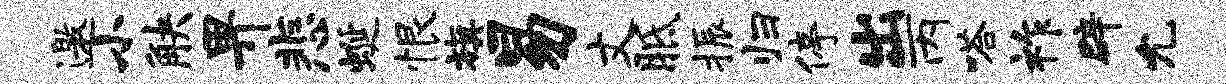
邀小觖畀悲蜒恨旗易丈胝振归停出丙嗒祚辟允